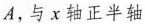
A，与x轴正半轴